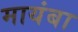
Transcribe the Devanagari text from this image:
मायंबा